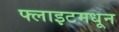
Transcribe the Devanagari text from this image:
फ्लाइटमधून